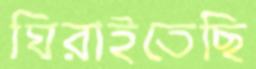
ঘিরাইতেছি